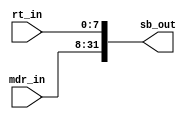
module SB (
    input wire [7:0] rt_in,
    input wire [23:0] mdr_in,
    output reg [31:0] sb_out
);

    assign sb_out = {mdr_in, rt_in};

endmodule